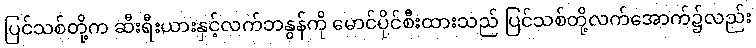
ပြင်သစ်တို့က ဆီးရီးယားနှင့်လက်ဘနွန်ကို မောင်ပိုင်စီးထားသည် ပြင်သစ်တို့လက်အောက်၌လည်း